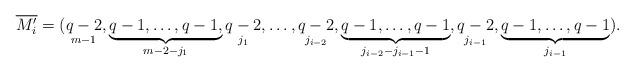
LaTeX: \begin{align*}\overline{M'_i}=(\mathop{q-2}\limits_{m-1},\underbrace{q-1, \ldots, q-1,}_{m-2-j_1} \mathop{q-2}\limits_{j_1},\ldots,\mathop{q-2}_{j_{i-2}},\underbrace{q-1, \ldots, q-1}_{ j_{i-2}-j_{i-1}-1},\mathop{q-2}_{j_{i-1}},\underbrace{q-1, \ldots, q-1}_{j_{i-1}}).\end{align*}